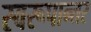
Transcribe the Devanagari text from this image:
स्वरूपान्तर